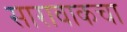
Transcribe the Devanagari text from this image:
सारावाकचा